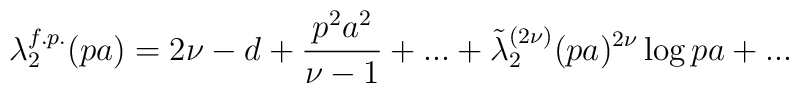
\lambda_2^{f.p.}(pa)=2\nu-d+\frac {p^2a^2}{\nu-1}+...+\tilde{\lambda}_2^{(2\nu)}(pa)^{2\nu}\log{pa}+...